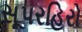
સૂપરહિરો